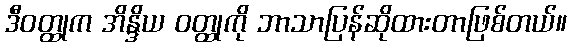
ဒီဝတ္ထုက အိန္ဒိယ ဝတ္ထုကို ဘာသာပြန်ဆိုထားတာဖြစ်တယ်။